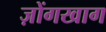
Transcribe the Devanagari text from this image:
ज़ोंगखाग